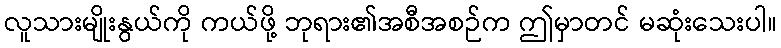
လူသားမျိုးနွယ်ကို ကယ်ဖို့ ဘုရား၏အစီအစဉ်က ဤမှာတင် မဆုံးသေးပါ။